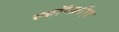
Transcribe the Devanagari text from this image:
स्कॉमब्रॉएड